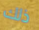
ذلك